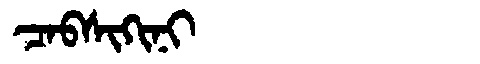
Manchu: ᠴᠠᠪᠰᡳᡴᡳᠨᡳ
Romanization: CABSIKINI